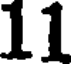
11